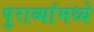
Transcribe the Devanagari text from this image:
पुराव्यांमध्ये